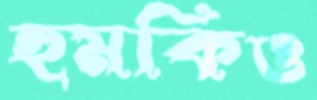
হুমকিও